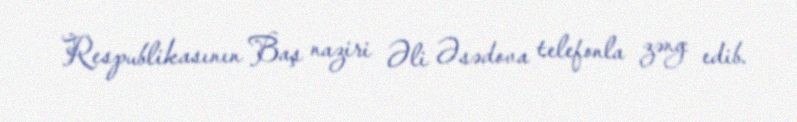
Respublikasının Baş naziri Əli Əsədova telefonla zəng edib.